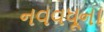
નવવધૂના